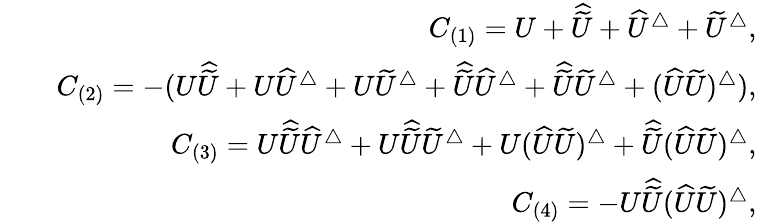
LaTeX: \begin{array}{rlr}&{}&{C_{(1)}=U+\widehat{\widetilde{U}}+\widehat{U}^{\bigtriangleup}+\widetilde{U}^{\bigtriangleup},}\\ &{}&{C_{(2)}=-(U\widehat{\widetilde{U}}+U\widehat{U}^{\bigtriangleup}+U\widetilde{U}^{\bigtriangleup}+\widehat{\widetilde{U}}\widehat{U}^{\bigtriangleup}+\widehat{\widetilde{U}}\widetilde{U}^{\bigtriangleup}+(\widehat{U}\widetilde{U})^{\bigtriangleup}),}\\ &{}&{C_{(3)}=U\widehat{\widetilde{U}}\widehat{U}^{\bigtriangleup}+U\widehat{\widetilde{U}}\widetilde{U}^{\bigtriangleup}+U(\widehat{U}\widetilde{U})^{\bigtriangleup}+\widehat{\widetilde{U}}(\widehat{U}\widetilde{U})^{\bigtriangleup},}\\ &{}&{C_{(4)}=-U\widehat{\widetilde{U}}(\widehat{U}\widetilde{U})^{\bigtriangleup},}\end{array}